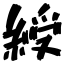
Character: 綬